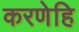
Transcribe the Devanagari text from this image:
करणेहि